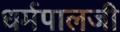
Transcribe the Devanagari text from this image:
धर्मपालजी